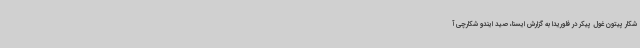
شکار پیتون غول پیکر در فلوریدا به گزارش ایسنا، صید ایندو شکارچی آ